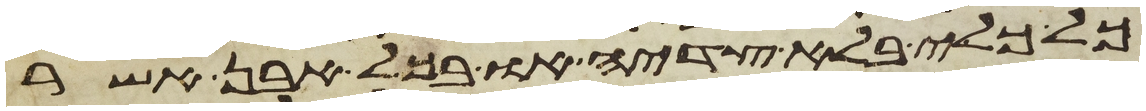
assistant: כל כלי בלא צדיה או בכל אבן אשר